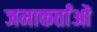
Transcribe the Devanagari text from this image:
जमाकर्तांओं